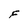
Character: F